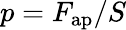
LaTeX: p=F_{\mathrm{ap}}/S